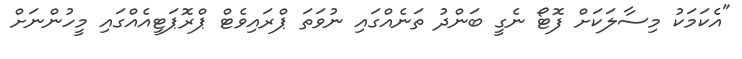
"އެކަމަކު މިސާލަކަށް ފޮޓޯ ނެގީ ބަންދު ތަނެއްގައި ނުވަތަ ޕްރައިވެޓް ޕްރޮޕަޓީއެއްގައި މީހުންނަށް